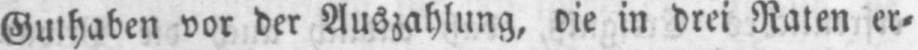
Guthaben vor der Auszahlung, die in drei Raten er⸗